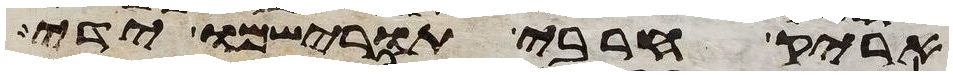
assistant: אריק חרבי תורישמו ידי